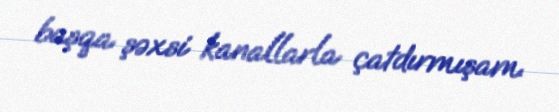
başqa şəxsi kanallarla çatdırmışam.